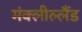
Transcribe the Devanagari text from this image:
मंक्लील्लैंड